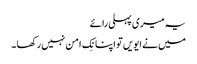
یہ میری پہلی رائے
میں نے ایویں تو اپنا نِک امن نہیں رکھا ۔